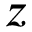
z